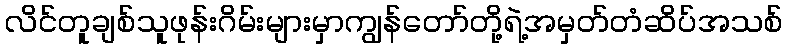
လိင်တူချစ်သူဖုန်းဂိမ်းများမှာကျွန်တော်တို့ရဲ့အမှတ်တံဆိပ်အသစ်